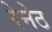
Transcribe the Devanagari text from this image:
रेनेठ